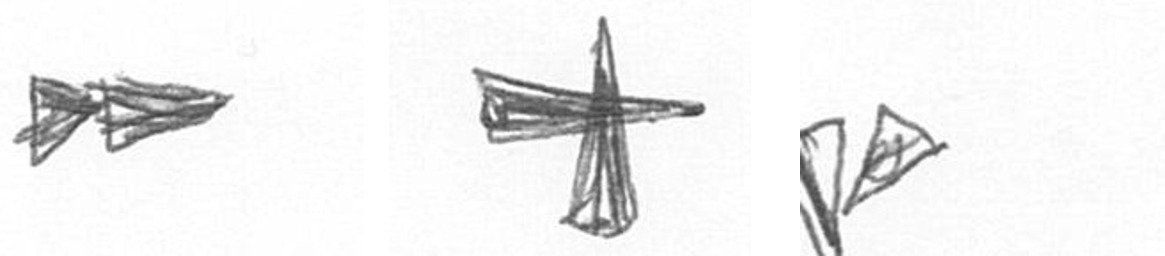
A G F